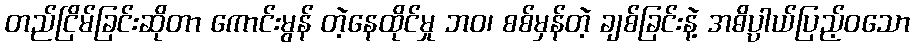
တည်ငြိမ်ခြင်းဆိုတာ ကောင်းမွန် တဲ့နေထိုင်မှု ဘဝ၊ စစ်မှန်တဲ့ ချစ်ခြင်းနဲ့ အဓိပ္ပါယ်ပြည့်ဝသော